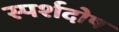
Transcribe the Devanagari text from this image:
स्पर्शदोष